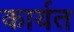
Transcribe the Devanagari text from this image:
कार्यत